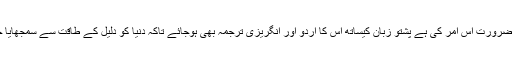
لیکن ضرورت اس امر کی ہے پشتو زبان کیساتھ اس کا اردو اور انگریزی ترجمہ بھی ہوجائے تاکہ دنیا کو دلیل کے طاقت سے سمجھایا جائے۔